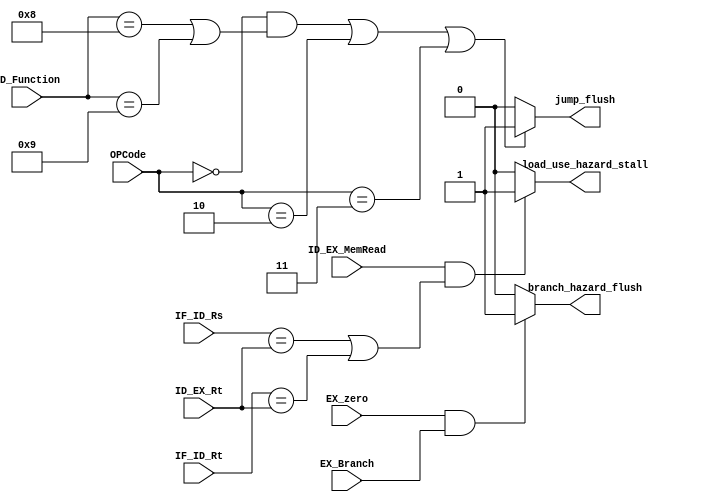
module Hazard_Detect(
    input ID_EX_MemRead,
    input [4:0] IF_ID_Rs,
    input [4:0] IF_ID_Rt,
    input [4:0] ID_EX_Rt,
    input EX_zero,
    input EX_Branch,
    input [5:0]OPCode,
    input [5:0]ID_Function,
    output load_use_hazard_stall,
    output branch_hazard_flush,
    output jump_flush
);
    assign load_use_hazard_stall = (ID_EX_MemRead && ((IF_ID_Rs == ID_EX_Rt) || (IF_ID_Rt == ID_EX_Rt)))?1'b1:1'b0;
    assign branch_hazard_flush = (EX_zero==1&&EX_Branch==1)?1'b1:1'b0;
    assign jump_flush = {((OPCode==6'h00) && (ID_Function==6'h08 || ID_Function==6'h09)) || OPCode==6'h02 || OPCode==6'h03}? 1'b1:1'b0;
endmodule